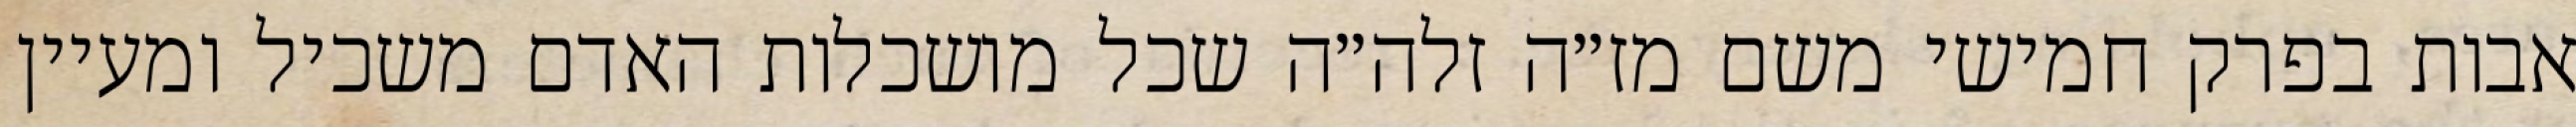
אבות בפרק חמישי משם מז״ה זלה״ה שכל מושכלות האדם משכיל ומעיין